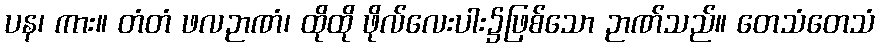
ပန၊ ကား။ တံတံ ဖလဉာဏံ၊ ထိုထို ဖိုလ်လေးပါး၌ဖြစ်သော ဉာဏ်သည်။ တေသံတေသံ